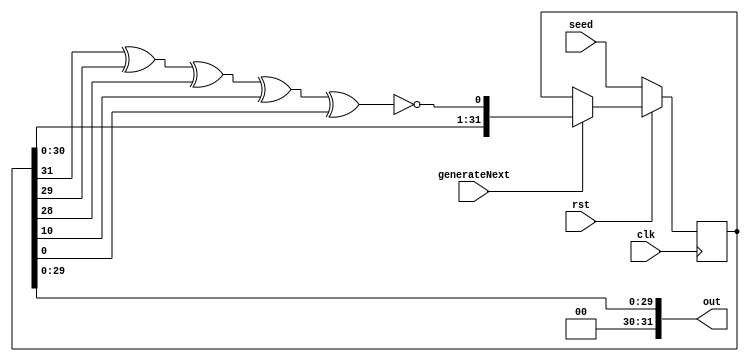
module LFSR_TIC #(
        parameter CHALLENGE_LENGTH = 32
    )(
        input clk,
        input rst,
        input generateNext,
        input [CHALLENGE_LENGTH-1:0] seed,
        output [CHALLENGE_LENGTH-1:0] out
    );

    wire feedback;
    reg [CHALLENGE_LENGTH-1:0] out_tmp;

    assign feedback = !(out_tmp[CHALLENGE_LENGTH-1] ^ out_tmp[CHALLENGE_LENGTH-3] ^ out_tmp[CHALLENGE_LENGTH-4] ^ out_tmp[10] ^ out_tmp[0]);

    always @ (posedge clk) begin
        if (!rst) begin
            out_tmp <= seed;
        end
        else begin
            if (generateNext) begin
                out_tmp <= {out_tmp[CHALLENGE_LENGTH-2 : 0], feedback};
            end
            else begin
                out_tmp <= out_tmp;
            end
        end
    end

    assign out[CHALLENGE_LENGTH-3:0] = out_tmp[CHALLENGE_LENGTH-3:0];
    assign out[CHALLENGE_LENGTH-1:CHALLENGE_LENGTH-2] = 2'b00;  // ensures that the challenge has always lower value than public key (RSA requirement)

endmodule